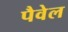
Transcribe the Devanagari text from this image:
पैवेल